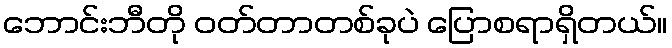
ဘောင်းဘီတို ဝတ်တာတစ်ခုပဲ ပြောစရာရှိတယ်။